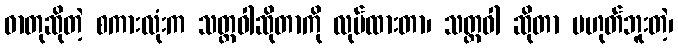
ဓာတုဆိုတဲ့ စကားလုံးက သတ္တဝါဆိုတာကို လုပ်ထားတာ၊ သတ္တဝါ ဆိုတာ မဟုတ်ဘူးတဲ့၊